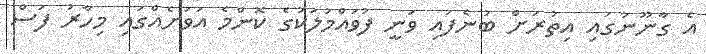
އެ ގާނޫނުގައި އިތުރަށް ބުނެފައި ވަނީ ފުވައްމުލަކުގެ ކޮންމެ އަވަށެއްގައި މިހާރު ފަސް